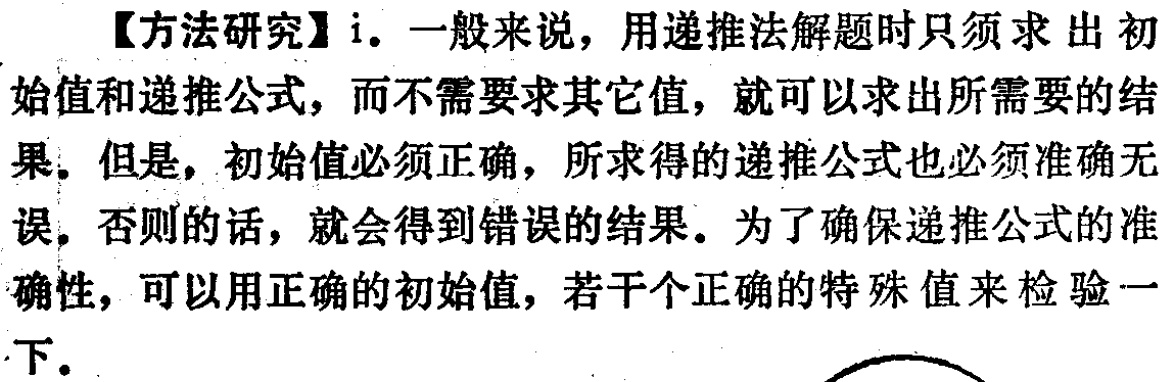
【方法研究】i. 一般来说，用递推法解题时只须求出初始值和递推公式，而不需要求其它值，就可以求出所需要的结果。但是，初始值必须正确，所求得的递推公式也必须准确无误。否则的话，就会得到错误的结果。为了确保递推公式的准确性，可以用正确的初始值，若干个正确的特殊值来检验一下。